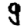
Digit: 9